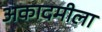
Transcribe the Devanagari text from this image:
अकादमीला